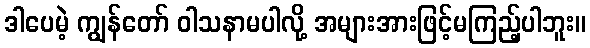
ဒါပေမဲ့ ကျွန်တော် ဝါသနာမပါလို့ အများအားဖြင့်မကြည့်ပါဘူး။